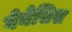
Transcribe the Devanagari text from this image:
गेनेसिस